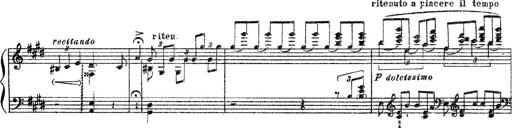
Title: 3 sonetti di Petrarca
Composer: Franz Liszt